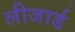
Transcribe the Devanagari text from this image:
लीजार्ड